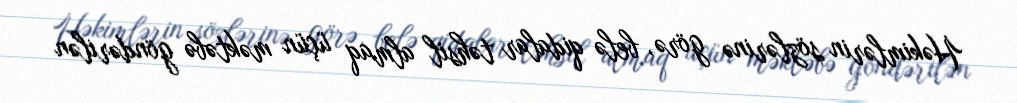
Həkimlərin sözlərinə görə, belə qidalar təhsil almaq üçün məktəbə göndərilən